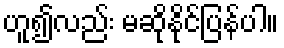
ဟူ၍လည်း မဆိုနိုင်ပြန်ပါ။